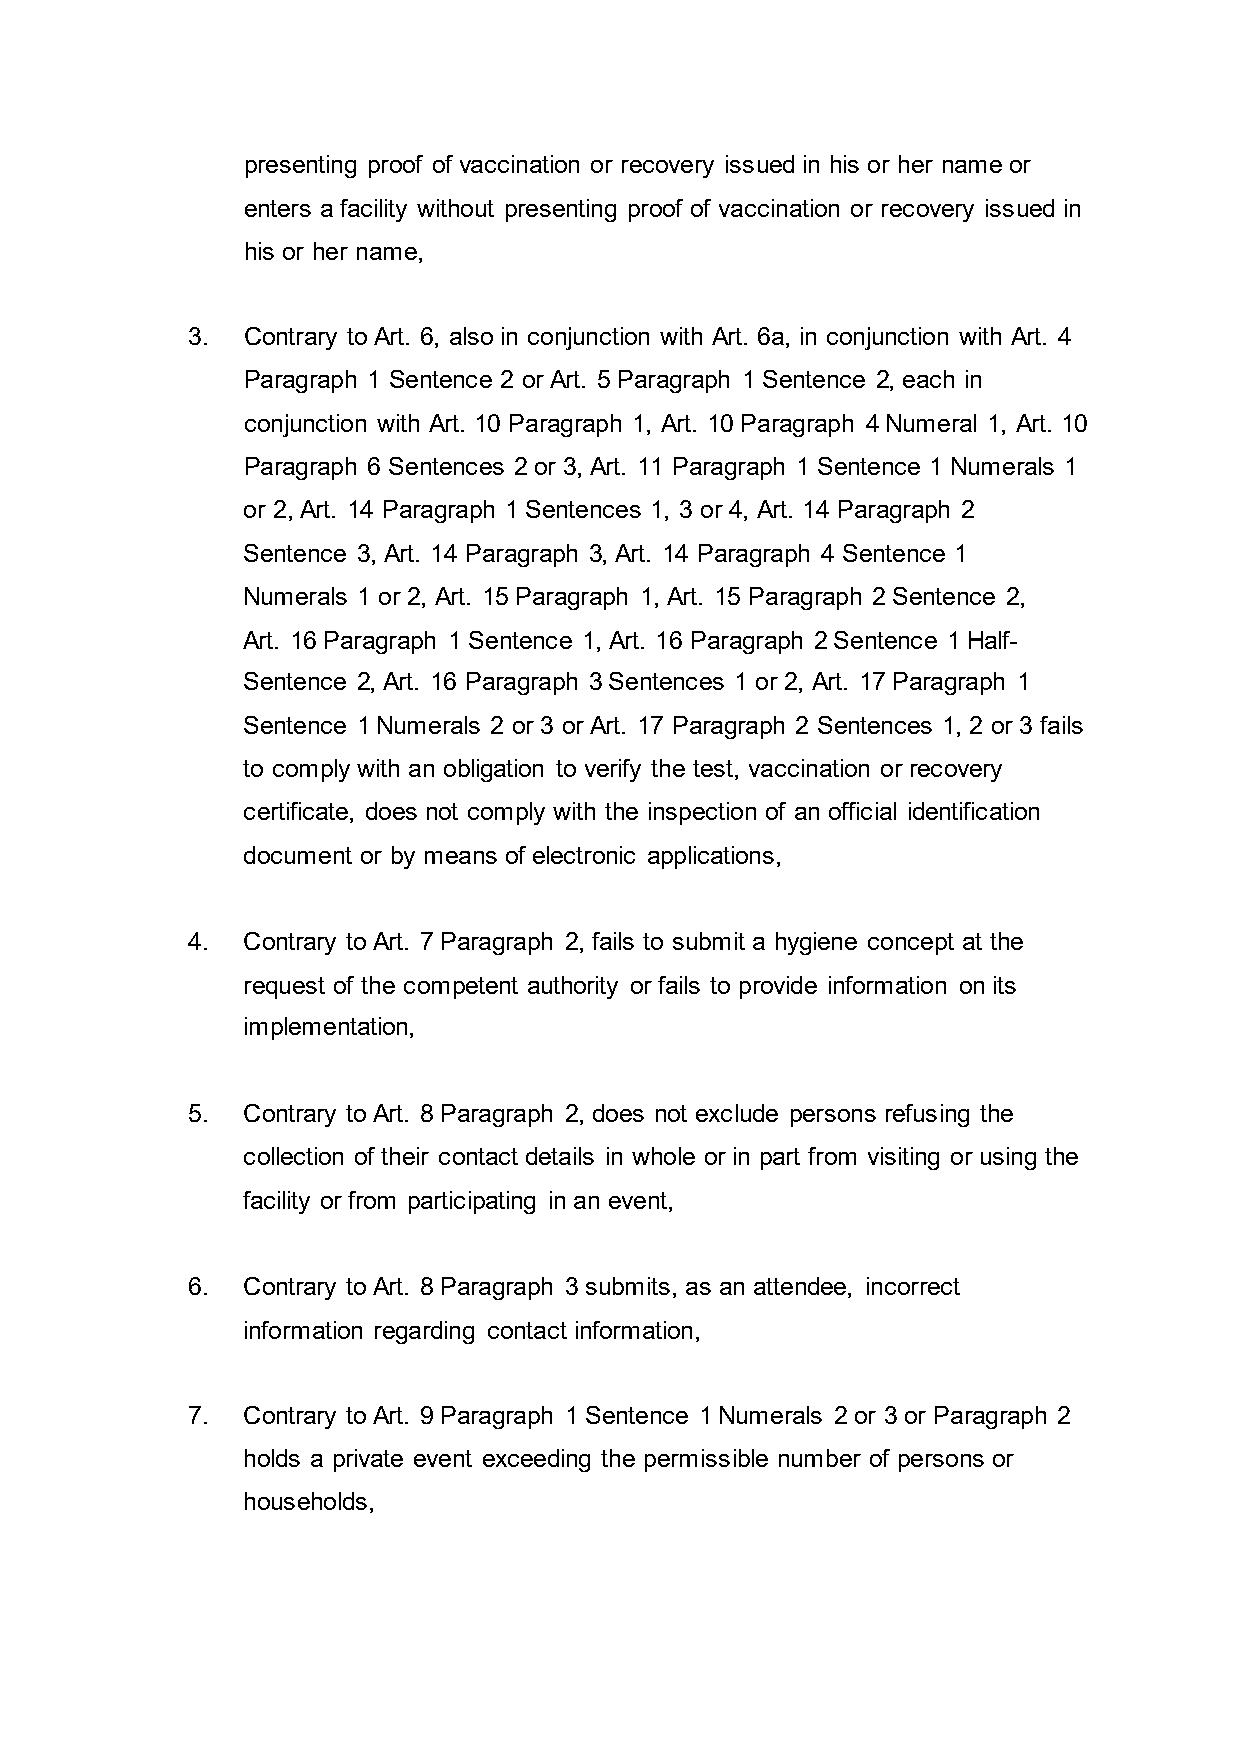
presenting proof of vaccination or recovery issued in his or her name or
 enters a facility without presenting proof of vaccination or recovery issued in
 his or her name,
 3.  Contrary to Art. 6, also in conjunction with Art. 6a, in conjunction with Art. 4
 Paragraph 1 Sentence 2 or Art. 5 Paragraph 1 Sentence 2, each in
 conjunction with Art. 10 Paragraph 1, Art. 10 Paragraph 4 Numeral 1, Art. 10
 Paragraph 6 Sentences 2 or 3, Art. 11 Paragraph 1 Sentence 1 Numerals 1
 or 2, Art. 14 Paragraph 1 Sentences 1, 3 or 4, Art. 14 Paragraph 2
 Sentence 3, Art. 14 Paragraph 3, Art. 14 Paragraph 4 Sentence 1
 Numerals 1 or 2, Art. 15 Paragraph 1, Art. 15 Paragraph 2 Sentence 2,
 Art. 16 Paragraph 1 Sentence 1, Art. 16 Paragraph 2 Sentence 1 Half-
 Sentence 2, Art. 16 Paragraph 3 Sentences 1 or 2, Art. 17 Paragraph 1
 Sentence 1 Numerals 2 or 3 or Art. 17 Paragraph 2 Sentences 1, 2 or 3 fails
 to comply with an obligation to verify the test, vaccination or recovery
 certificate, does not comply with the inspection of an official identification
 document or by means of electronic applications,
 4.  Contrary to Art. 7 Paragraph 2, fails to submit a hygiene concept at the
 request of the competent authority or fails to provide information on its
 implementation,
 5.  Contrary to Art. 8 Paragraph 2, does not exclude persons refusing the
 collection of their contact details in whole or in part from visiting or using the
 facility or from participating in an event,
 6.  Contrary to Art. 8 Paragraph 3 submits, as an attendee, incorrect
 information regarding contact information,
 7.  Contrary to Art. 9 Paragraph 1 Sentence 1 Numerals 2 or 3 or Paragraph 2
 holds a private event exceeding the permissible number of persons or
 households,